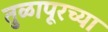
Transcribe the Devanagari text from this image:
तुळापूरच्या